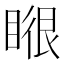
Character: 𭿉